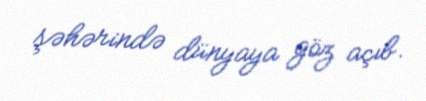
şəhərində dünyaya göz açıb.